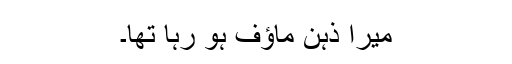
میرا ذہن ماؤف ہو رہا تھا۔